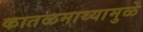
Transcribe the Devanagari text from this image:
कातळमाथ्यामुळे